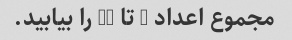
مجموع اعداد 1 تا 10 را بیابید.